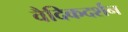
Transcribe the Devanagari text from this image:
वैदिकदर्शन